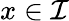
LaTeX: x\in\mathcal{I}